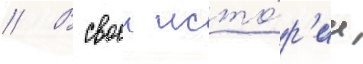
// В своеи исто́р'ии